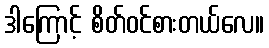
ဒါကြောင့် စိတ်ဝင်စားတယ်လေ။